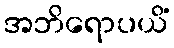
အဘိရောပယိံ